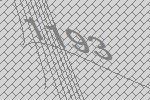
1193